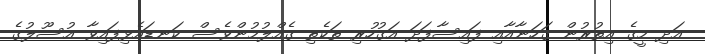
އަދި މީގެ އިތުރުން ގަހަނާއާއި ފައިސާފަދަ އަގުހުރި ތަކެތި ގެއްލުމުންވެސް ކަނޑައެޅިފައިވާ އުސޫލުގެ